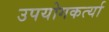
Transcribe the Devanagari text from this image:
उपयोगकर्त्या